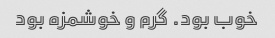
خوب بود. گرم و خوشمزه بود